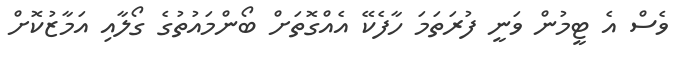
ވެސް އެ ޓީމުން ވަނީ ފުރަތަމަ ހާފެކޭ އެއްގޮތަށް ބޯންމައުތުގެ ގޯލާއި އަމާޒުކޮށް